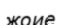
жоие